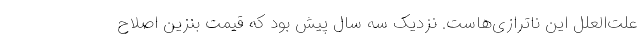
علت‌العلل این ناترازی‌هاست. نزدیک سه سال پیش بود که قیمت بنزین اصلاح